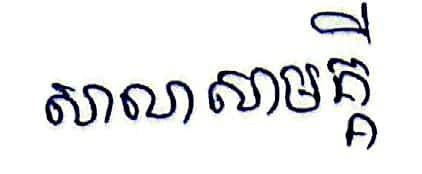
សាលាសាមគ្គី